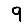
Digit: 9